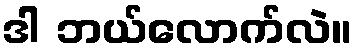
ဒါ ဘယ်လောက်လဲ။